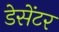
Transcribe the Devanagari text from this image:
डेसेंटर